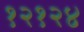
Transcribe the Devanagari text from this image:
१२१२४